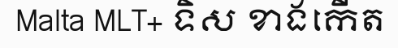
Malta MLT+ ទិស ខាងកើត